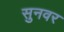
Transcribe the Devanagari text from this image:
सुनवर